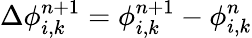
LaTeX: \Delta\phi_{i,k}^{n+1}=\phi_{i,k}^{n+1}-\phi_{i,k}^{n}